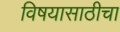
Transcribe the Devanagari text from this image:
विषयासाठीचा